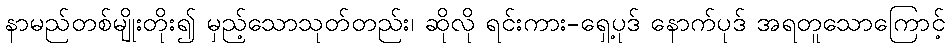
နာမည်တစ်မျိုးတိုး၍ မှည့်သောသုတ်တည်း၊ ဆိုလို ရင်းကား-ရှေ့ပုဒ် နောက်ပုဒ် အရတူသောကြောင့်